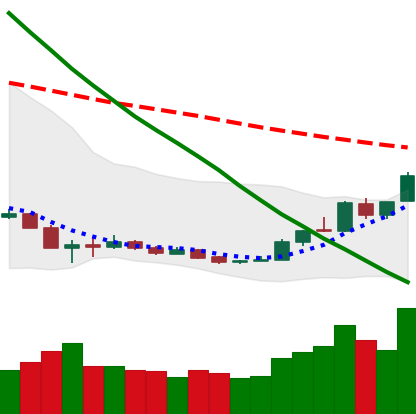
Ticker: ETH-USD
Chart end date: 2018-12-23
Forward return: 5.263%
Label: up_5_7